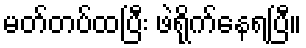
မတ်တပ်ထပြီး ဖဲရိုက်နေရပြီ။